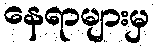
နေရာများမှ